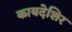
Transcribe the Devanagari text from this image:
कायदेशिर